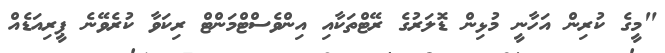
"މީގެ ކުރިން އަހާނީ މުޅިން ޑޮލަރުގެ ރޭޓްތަކާއި އިންވެސްޓްމަންޓް ރިކަވާ ކުރެވޭނެ ޕީރިއަޑެއް